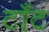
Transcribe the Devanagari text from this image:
टाँट